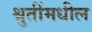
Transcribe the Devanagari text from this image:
श्रुतींमधील